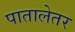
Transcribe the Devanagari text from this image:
पातालेतर